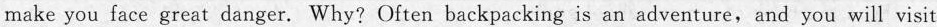
make you face great danger. Why? Often backpacking is an adventure,and ycu will visit